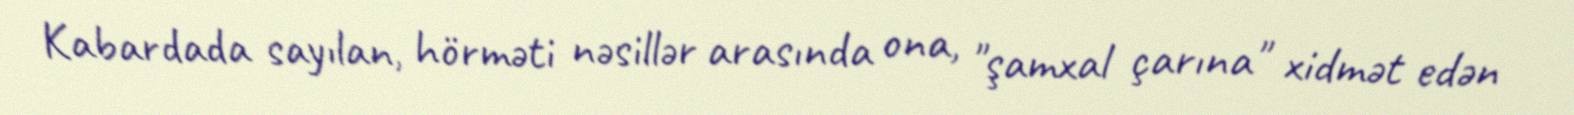
Kabardada sayılan, hörməti nəsillər arasında ona, "şamxal çarına" xidmət edən